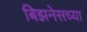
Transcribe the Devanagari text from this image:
बिझनेसच्या